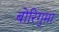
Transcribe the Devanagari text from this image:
बोरिगुमा